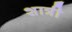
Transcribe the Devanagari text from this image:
शात्री